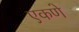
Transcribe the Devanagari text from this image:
एकणे